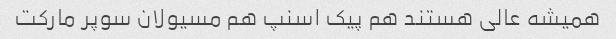
همیشه عالی هستند هم پیک اسنپ هم مسیولان سوپر مارکت